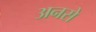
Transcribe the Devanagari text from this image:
अनसे